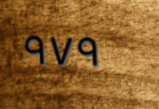
٩٧٩